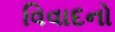
વિવાદનો